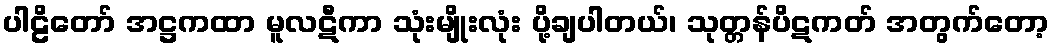
ပါဠိတော် အဋ္ဌကထာ မူလဋီကာ သုံးမျိုးလုံး ပို့ချပါတယ်၊ သုတ္တန်ပိဋကတ် အတွက်တော့